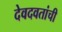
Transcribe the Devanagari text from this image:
देवदवतांची